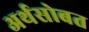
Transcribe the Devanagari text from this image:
अर्थसोबत